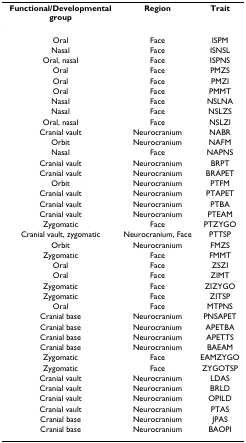
<table><thead><tr><td><b>Functional/Developmental group</b></td><td><b>Region</b></td><td><b>Trait</b></td></tr></thead><tbody><tr><td>Oral</td><td>Face</td><td>ISPM</td></tr><tr><td>Nasal</td><td>Face</td><td>ISNSL</td></tr><tr><td>Oral, nasal</td><td>Face</td><td>ISPNS</td></tr><tr><td>Oral</td><td>Face</td><td>PMZS</td></tr><tr><td>Oral</td><td>Face</td><td>PMZI</td></tr><tr><td>Oral</td><td>Face</td><td>PMMT</td></tr><tr><td>Nasal</td><td>Face</td><td>NSLNA</td></tr><tr><td>Nasal</td><td>Face</td><td>NSLZS</td></tr><tr><td>Oral, nasal</td><td>Face</td><td>NSLZI</td></tr><tr><td>Cranial vault</td><td>Neurocranium</td><td>NABR</td></tr><tr><td>Orbit</td><td>Neurocranium</td><td>NAFM</td></tr><tr><td>Nasal</td><td>Face</td><td>NAPNS</td></tr><tr><td>Cranial vault</td><td>Neurocranium</td><td>BRPT</td></tr><tr><td>Cranial vault</td><td>Neurocranium</td><td>BRAPET</td></tr><tr><td>Orbit</td><td>Neurocranium</td><td>PTFM</td></tr><tr><td>Cranial vault</td><td>Neurocranium</td><td>PTAPET</td></tr><tr><td>Cranial vault</td><td>Neurocranium</td><td>PTBA</td></tr><tr><td>Cranial vault</td><td>Neurocranium</td><td>PTEAM</td></tr><tr><td>Zygomatic</td><td>Face</td><td>PTZYGO</td></tr><tr><td>Cranial vault, zygomatic</td><td>Neurocranium, Face</td><td>PTTSP</td></tr><tr><td>Orbit</td><td>Neurocranium</td><td>FMZS</td></tr><tr><td>Zygomatic</td><td>Face</td><td>FMMT</td></tr><tr><td>Oral</td><td>Face</td><td>ZSZI</td></tr><tr><td>Oral</td><td>Face</td><td>ZIMT</td></tr><tr><td>Zygomatic</td><td>Face</td><td>ZIZYGO</td></tr><tr><td>Zygomatic</td><td>Face</td><td>ZITSP</td></tr><tr><td>Oral</td><td>Face</td><td>MTPNS</td></tr><tr><td>Cranial base</td><td>Neurocranium</td><td>PNSAPET</td></tr><tr><td>Cranial base</td><td>Neurocranium</td><td>APETBA</td></tr><tr><td>Cranial base</td><td>Neurocranium</td><td>APETTS</td></tr><tr><td>Cranial base</td><td>Neurocranium</td><td>BAEAM</td></tr><tr><td>Zygomatic</td><td>Face</td><td>EAMZYGO</td></tr><tr><td>Zygomatic</td><td>Face</td><td>ZYGOTSP</td></tr><tr><td>Cranial vault</td><td>Neurocranium</td><td>LDAS</td></tr><tr><td>Cranial vault</td><td>Neurocranium</td><td>BRLD</td></tr><tr><td>Cranial vault</td><td>Neurocranium</td><td>OPILD</td></tr><tr><td>Cranial vault</td><td>Neurocranium</td><td>PTAS</td></tr><tr><td>Cranial base</td><td>Neurocranium</td><td>JPAS</td></tr><tr><td>Cranial base</td><td>Neurocranium</td><td>BAOPI</td></tr></tbody></table>